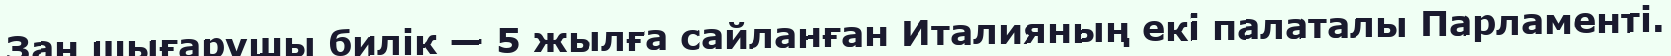
Заң шығарушы билік — 5 жылға сайланған Италияның екі палаталы Парламенті.